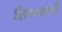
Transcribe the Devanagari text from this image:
सिग्नलची